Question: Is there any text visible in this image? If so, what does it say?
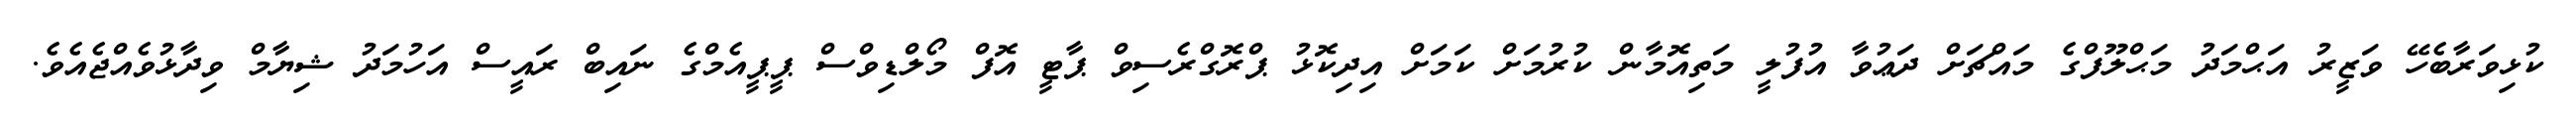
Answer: ކުޅިވަރާބެހޭ ވަޒީރު އަޙްމަދު މަޙްލޫފްގެ މައްޗަށް ދަޢުވާ އުފުލީ މަތިއޮމާން ކުރުމަށް ކަމަށް އިދިކޮޅު ޕްރޮގްރެސިވް ޕާޓީ އޮފް މޯލްޑިވްސް ޕީޕީއެމްގެ ނައިބް ރައީސް އަހުމަދު ޝިޔާމް ވިދާޅުވެއްޖެއެވެ.